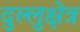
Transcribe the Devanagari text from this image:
दुल्लुक्षेत्र